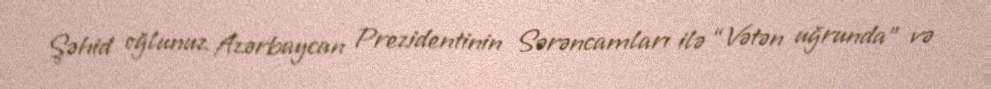
Şəhid oğlunuz Azərbaycan Prezidentinin Sərəncamları ilə “Vətən uğrunda” və